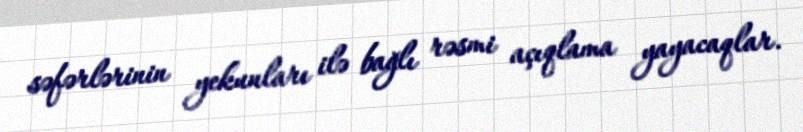
səfərlərinin yekunları ilə bağlı rəsmi açıqlama yayacaqlar.